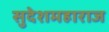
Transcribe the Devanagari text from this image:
सुदेशमहाराज